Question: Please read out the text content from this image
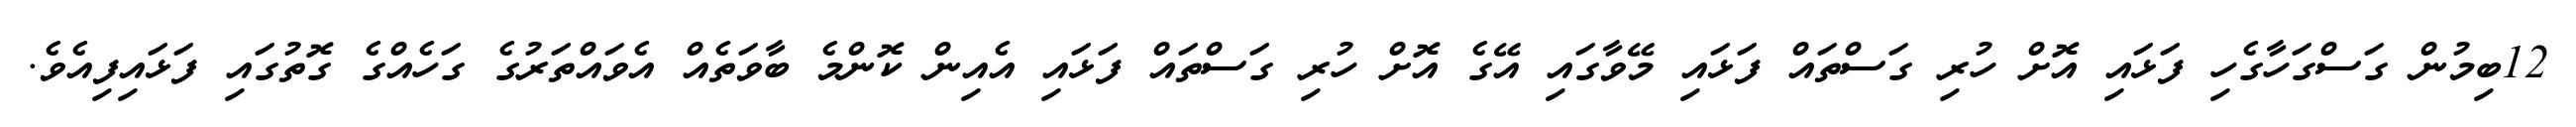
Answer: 12ބިމުން ގަސްގަހާގެހި ފަޅައި އޮށް ހުރި ގަސްތައް ފަޅައި މޭވާގައި އޭގެ އޮށް ހުރި ގަސްތައް ފަޅައި އެއިން ކޮންމެ ބާވަތެއް އެވައްތަރުގެ ގަހެއްގެ ގޮތުގައި ފަޅައިފިއެވެ.